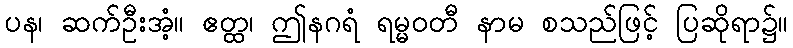
ပန၊ ဆက်ဦးအံ့။ ဧတ္ထ၊ ဤနဂရံ ရမ္မဝတီ နာမ စသည်ဖြင့် ပြဆိုရာ၌။